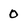
Character: 0